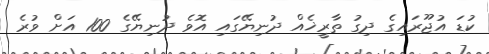
ކުޑަ އުޖޫރައިގެ ދިގު ތާރީޚެއް ދުނިޔޭގައި އޮވެ ދުނިޔޭގެ 100 އަށް ވުރެ